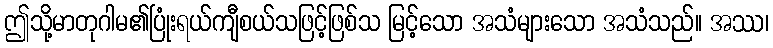
ဤသို့မာတုဂါမ၏ပြုံးရယ်ကျီစယ်သဖြင့်ဖြစ်သ မြင့်သော အသံများသော အသံသည်။ အဿ၊